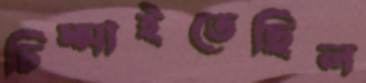
চিম্‌সাইতেছিল